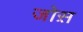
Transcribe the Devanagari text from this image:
जोस़